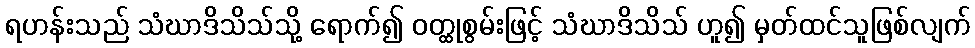
ရဟန်းသည် သံဃာဒိသိသ်သို့ ရောက်၍ ဝတ္ထုစွမ်းဖြင့် သံဃာဒိသိသ် ဟူ၍ မှတ်ထင်သူဖြစ်လျက်